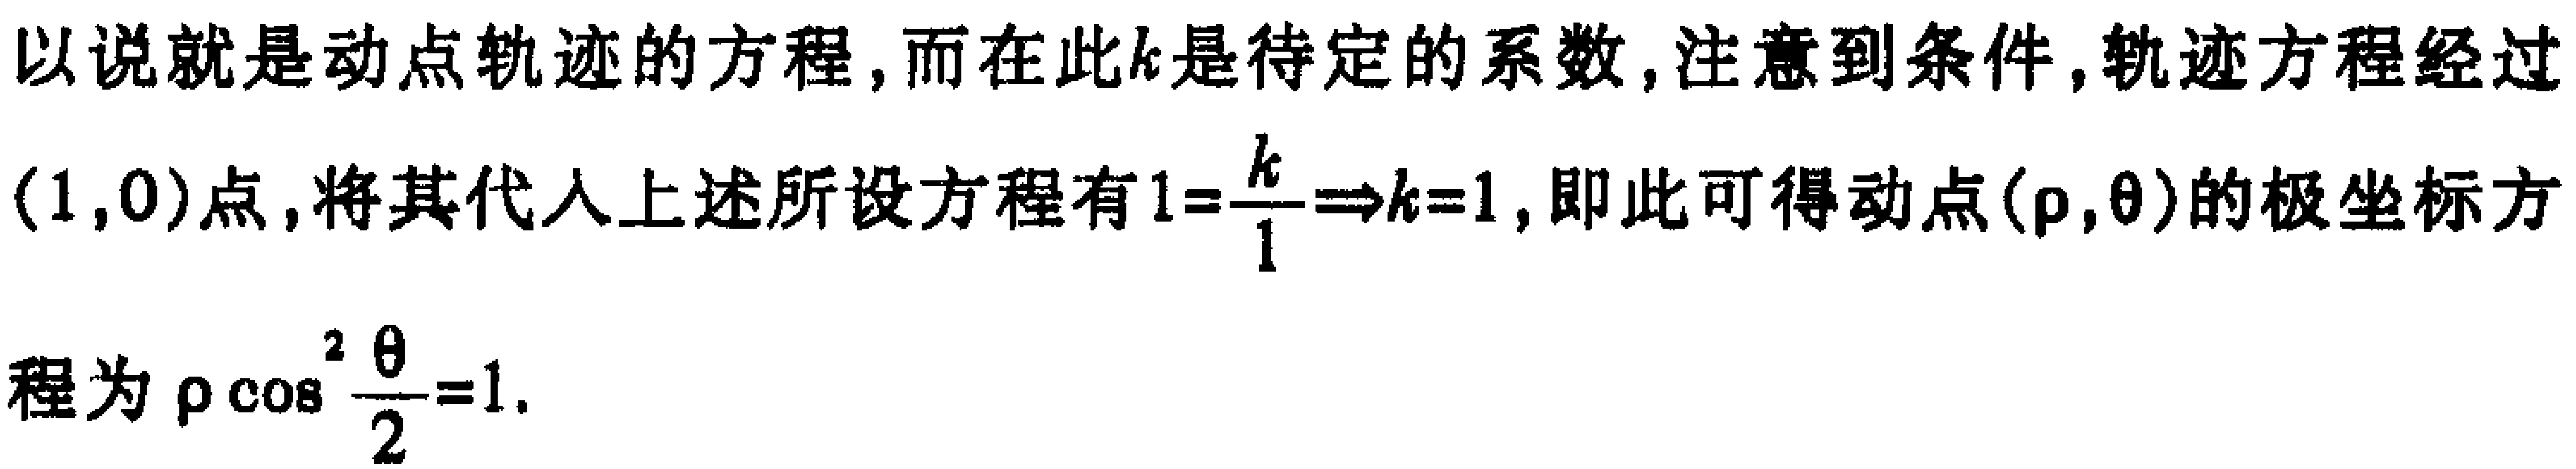
以说就是动点轨迹的方程, 而在此\(k\)是待定的系数, 注意到条件, 轨迹方程经过\((1,0)\)点, 将其代入上述所设方程有\(1 = \frac{k}{1} \Rightarrow k = 1\), 即此可得动点\((\rho,\theta)\)的极坐标方程为\(\rho\cos^{2}\frac{\theta}{2}=1\).